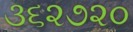
૩૬૨૭૨૦